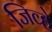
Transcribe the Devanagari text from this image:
जिव्हे